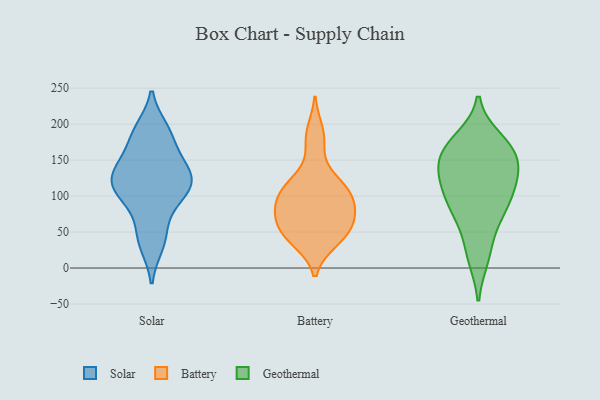
{"axis": {"x": "Satisfaction Score", "y": "Value"}, "legend": ["Battery", "Geothermal", "Solar"], "data": [{"x": "", "y": 121, "type": "Solar"}, {"x": "", "y": 130, "type": "Solar"}, {"x": "", "y": 55, "type": "Solar"}, {"x": "", "y": 114, "type": "Solar"}, {"x": "", "y": 140, "type": "Solar"}, {"x": "", "y": 155, "type": "Solar"}, {"x": "", "y": 105, "type": "Solar"}, {"x": "", "y": 95, "type": "Solar"}, {"x": "", "y": 31, "type": "Solar"}, {"x": "", "y": 185, "type": "Solar"}, {"x": "", "y": 193, "type": "Solar"}, {"x": "", "y": 37, "type": "Battery"}, {"x": "", "y": 87, "type": "Battery"}, {"x": "", "y": 67, "type": "Battery"}, {"x": "", "y": 96, "type": "Battery"}, {"x": "", "y": 58, "type": "Battery"}, {"x": "", "y": 127, "type": "Battery"}, {"x": "", "y": 81, "type": "Battery"}, {"x": "", "y": 190, "type": "Battery"}, {"x": "", "y": 174, "type": "Battery"}, {"x": "", "y": 105, "type": "Battery"}, {"x": "", "y": 38, "type": "Battery"}, {"x": "", "y": 64, "type": "Battery"}, {"x": "", "y": 95, "type": "Battery"}, {"x": "", "y": 42, "type": "Battery"}, {"x": "", "y": 112, "type": "Battery"}, {"x": "", "y": 59, "type": "Battery"}, {"x": "", "y": 115, "type": "Battery"}, {"x": "", "y": 118, "type": "Geothermal"}, {"x": "", "y": 166, "type": "Geothermal"}, {"x": "", "y": 68, "type": "Geothermal"}, {"x": "", "y": 171, "type": "Geothermal"}, {"x": "", "y": 158, "type": "Geothermal"}, {"x": "", "y": 97, "type": "Geothermal"}, {"x": "", "y": 163, "type": "Geothermal"}, {"x": "", "y": 22, "type": "Geothermal"}, {"x": "", "y": 83, "type": "Geothermal"}, {"x": "", "y": 72, "type": "Geothermal"}, {"x": "", "y": 103, "type": "Geothermal"}, {"x": "", "y": 15, "type": "Geothermal"}, {"x": "", "y": 147, "type": "Geothermal"}, {"x": "", "y": 140, "type": "Geothermal"}, {"x": "", "y": 125, "type": "Geothermal"}, {"x": "", "y": 123, "type": "Geothermal"}, {"x": "", "y": 178, "type": "Geothermal"}]}